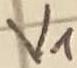
Text: V1